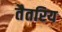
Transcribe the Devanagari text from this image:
तैतरिय